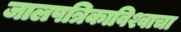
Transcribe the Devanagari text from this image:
जालपत्रिकाविश्वाचा